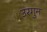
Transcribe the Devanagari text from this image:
उरगुन